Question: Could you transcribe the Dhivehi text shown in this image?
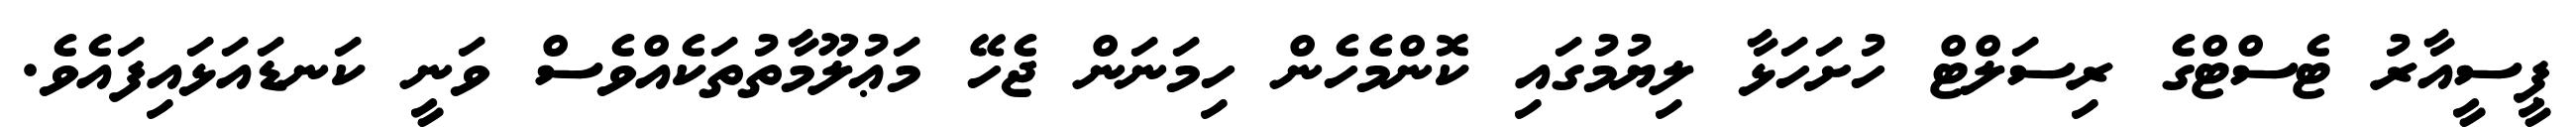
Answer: ޕީސީއާރު ޓެސްޓްގެ ރިސަލްޓް ހުށަހަޅާ ލިޔުމުގައި ކޮންމެހެން ހިމަނަން ޖެހޭ މަޢުލޫމާތުތަކެއްވެސް ވަނީ ކަނޑައަޅައިފައެވެ.